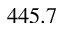
4 4 5 . 7